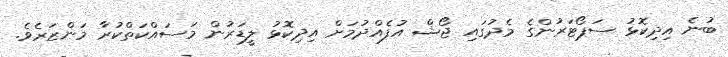
ބުނެ އިދިކޮޅު ސަޕޯޓަރުންގެ މެދުގައި ޖޯޝް އުފެއްދުމަށް އިދިކޮޅު ލީޑަރުން މަސައްކަތްކުރާ މަންޒަރެވެ.